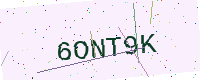
Text: 6ONT9K